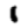
Digit: 1